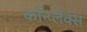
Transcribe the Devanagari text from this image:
कॉन्प्लेक्स